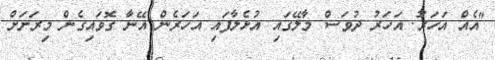
"އެއް އަހަރު. އަހަރު ދުވަސް މާލޭގައި އުޅެލާފައި އަހަރެން އޭނާ ގޮވައިގެން މިރަށަށް